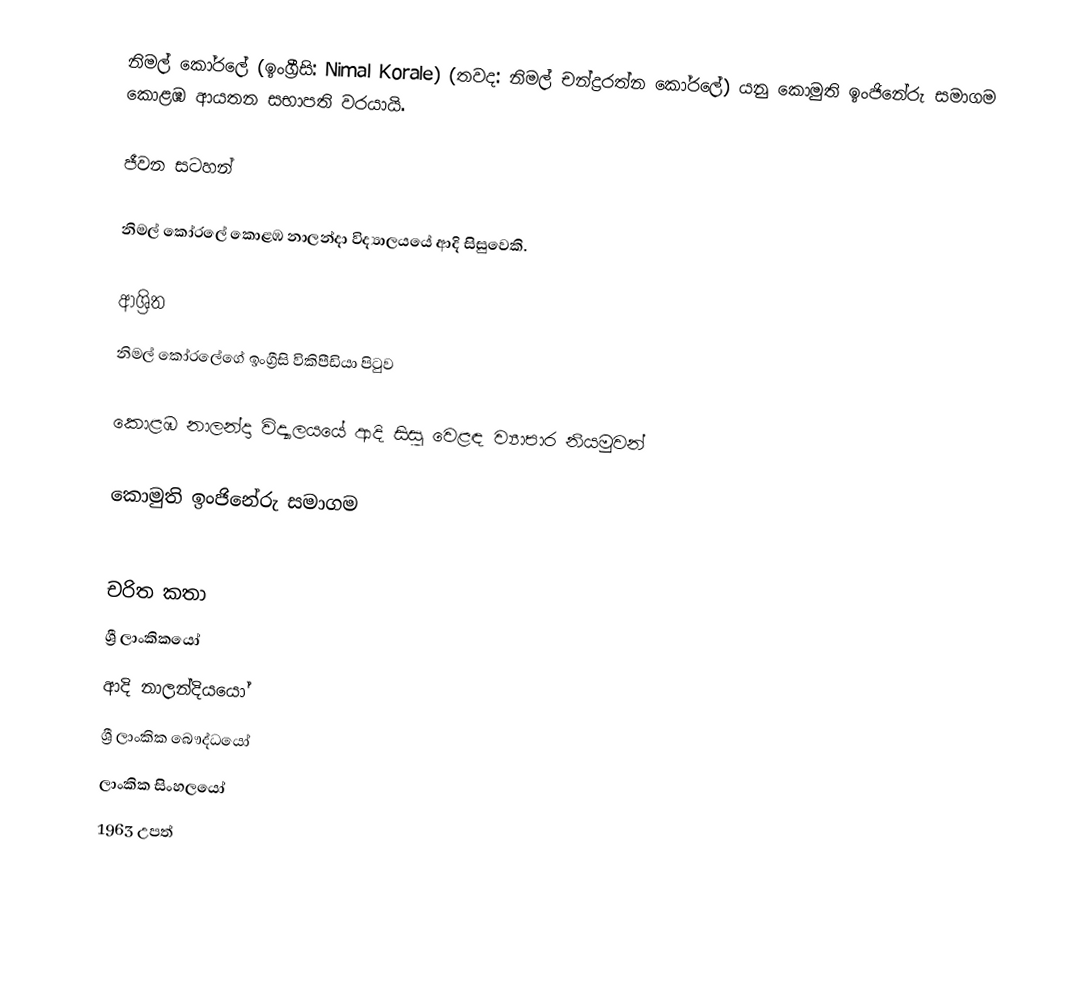
නිමල් කෝරලේ (ඉංග්‍රීසි: Nimal Korale) (තවද: නිමල් චන්ද්‍රරත්න කෝරලේ) යනු කොමුති ඉංජිනේරු සමාගම කොළඹ ආයතන සභාපති වරයායි.

ජීවන සටහන්

නිමල් කෝරලේ  කොළඹ නාලන්දා විද්‍යාලයයේ ආදි සිසුවෙකි.

ආශ්‍රිත
 නිමල් කෝරලේගේ ඉංග්‍රීසි විකිපීඩියා පිටුව

 කොළඹ නාලන්දා විද්‍යාලයයේ ආදි සිසු වෙළඳ ව්‍යාපාර නියමුවන්

 කොමුති ඉංජිනේරු සමාගම

චරිත කතා
ශ්‍රී ලාංකිකයෝ
ආදි නාලන්දියයෝ
ශ්‍රී ලාංකික බෞද්ධයෝ
ලාංකික සිංහලයෝ
1963 උපත්